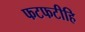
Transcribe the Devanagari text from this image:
फटफटीहि